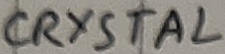
Text: CRYSTAL